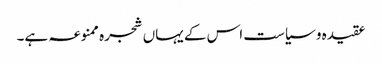
عقیدہ و سیاست اس کے یہاں شجرہ ممنوعہ ہے۔